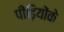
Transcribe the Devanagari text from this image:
पीढ़ियोंके